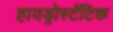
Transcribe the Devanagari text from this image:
हायड्रोस्टॅटिक